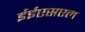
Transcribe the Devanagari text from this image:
ईईएसएल